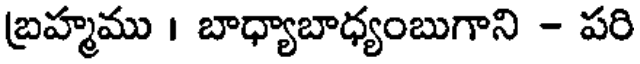
బ్రహ్మము । బాధ్యాబాధ్యంబుగాని - పరి